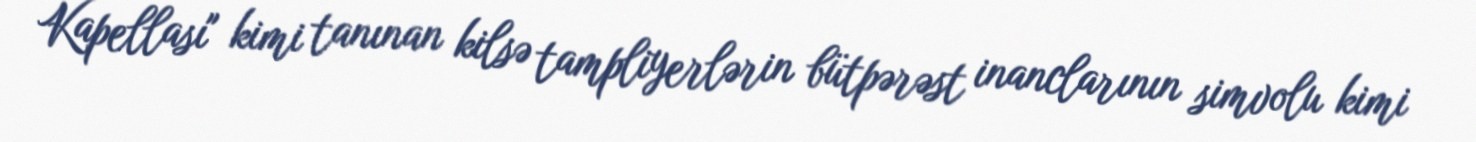
Kapellası" kimi tanınan kilsə tampliyerlərin bütpərəst inanclarının simvolu kimi